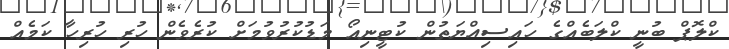
ކްލޮޕް ބުނީ ކްލަބެއްގެ ހައިސިއްޔަތުން ކުޓީނިއޯ މަޑުކުރުވުމަށް ކުރެވެން ހުރި ހުރިހާ ކަމެއް